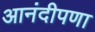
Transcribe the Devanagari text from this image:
आनंदीपणा